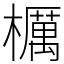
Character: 櫔